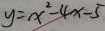
y = x ^ { 2 } - 4 x - 5